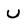
Character: U